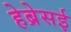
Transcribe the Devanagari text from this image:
हेब्रेसई